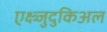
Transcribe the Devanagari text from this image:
एक्ष्त्र्जुदुकिअल